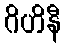
ဂိဟိနီ